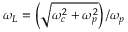
\omega _ { L } = \left( \sqrt { \omega _ { c } ^ { 2 } + \omega _ { p } ^ { 2 } } \right) / \omega _ { p }